Vaccination report Assam 1896-1927 - 1896-1927
Year: 1896
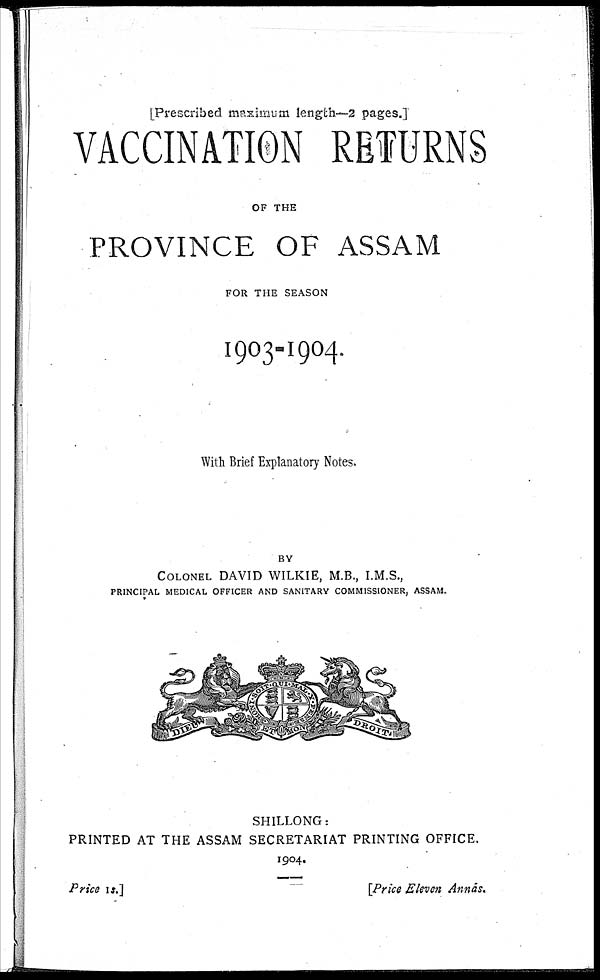
[Prescribed maximum length—2 pages.]
VACCINATION RETURNS
OF THE
PROVINCE OF ASSAM
FOR THE SEASON
1903-1904.
With Brief Explanatory Notes.
BY
COLONEL DAVID WILKIE, M.B., I.M.S.,
PRINCIPAL MEDICAL OFFICER AND SANITARY COMMISSIONER, ASSAM.
SHILLONG:
PRINTED AT THE ASSAM SECRETARIAT PRINTING OFFICE.
1904.
Price 1s.]
[Price Eleven Annas.